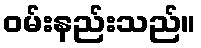
ဝမ်းနည်းသည်။